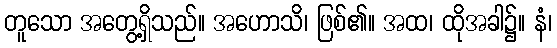
တူသော အတွေ့ရှိသည်။ အဟောသိ၊ ဖြစ်၏။ အထ၊ ထိုအခါ၌။ နံ၊